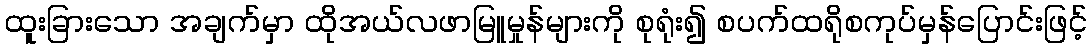
ထူးခြားသော အချက်မှာ ထိုအယ်လဖာမြူမှုန်များကို စုရုံး၍ စပက်ထရိုစကုပ်မှန်ပြောင်းဖြင့်